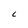
Character: C